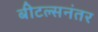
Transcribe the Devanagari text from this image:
बीटल्सनंतर